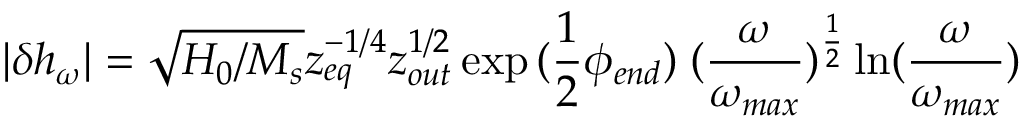
| \delta { h _ { \omega } } | = \sqrt { H _ { 0 } / M _ { s } } z _ { e q } ^ { - 1 / 4 } z _ { o u t } ^ { 1 / 2 } \exp { ( \frac { 1 } { 2 } \phi _ { e n d } ) } \; ( { \frac { \omega } { \omega _ { m a x } } } ) ^ { \frac { 1 } { 2 } } \ln ( { \frac { \omega } { \omega _ { m a x } } } )